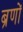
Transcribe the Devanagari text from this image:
ब्रणों